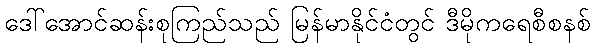
ဒေါ်အောင်ဆန်းစုကြည်သည် မြန်မာနိုင်ငံတွင် ဒီမိုကရေစီစနစ်